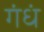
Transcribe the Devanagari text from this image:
गंधं